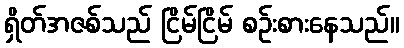
ရှိတ်အဇစ်သည် ငြိမ်ငြိမ် စဉ်းစားနေသည်။